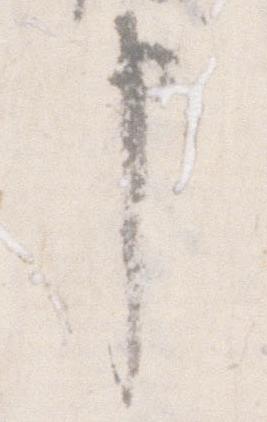
申